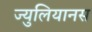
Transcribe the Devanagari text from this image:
ज्युलियानस